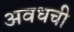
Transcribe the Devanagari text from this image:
अवधची